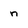
Character: n